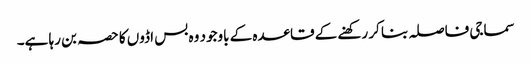
سماجی فاصلہ بنا کر رکھنے کے قاعدہ کے باوجود وہ بس اڈوں کا حصہ بن رہا ہے۔